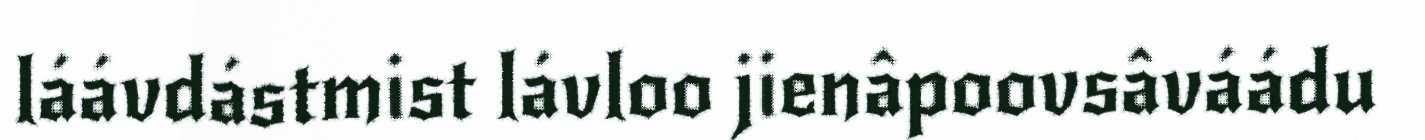
láávdástmist lávloo jienâpoovsâváádu